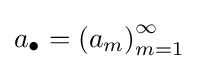
a_{\bullet }=\left(a_{m}\right)_{m=1}^{\infty }